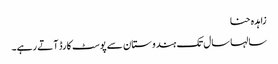
زاہدہ حنا
سالہا سال تک ہندوستان سے پوسٹ کارڈ آتے رہے۔